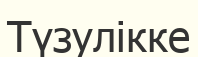
Түзулікке